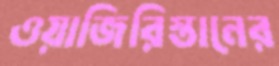
ওয়াজিরিস্তানের